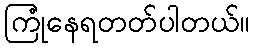
ကြုံနေရတတ်ပါတယ်။